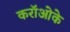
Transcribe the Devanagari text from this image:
करॉओके